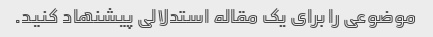
موضوعی را برای یک مقاله استدلالی پیشنهاد کنید.